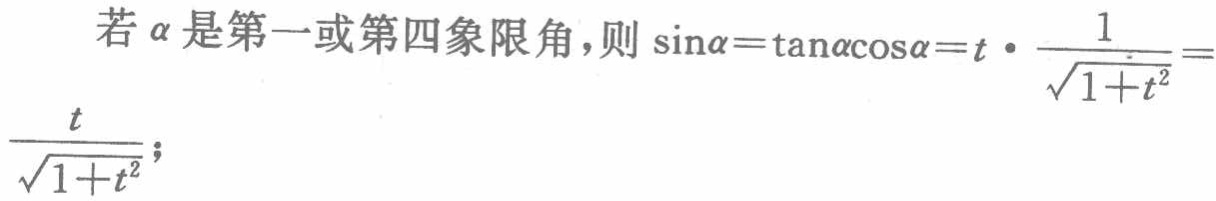
若\(\alpha\)是第一或第四象限角，则\(\sin\alpha = \tan\alpha\cos\alpha = t\cdot\frac{1}{\sqrt{1 + t^{2}}}=\frac{t}{\sqrt{1 + t^{2}}}\)；